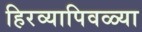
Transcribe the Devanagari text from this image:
हिरव्यापिवळ्या